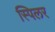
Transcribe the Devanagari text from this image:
स्पिलर